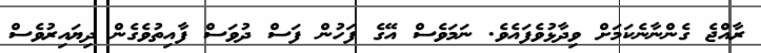
ރާއްޖެ ގެންނާނެކަމަށް ވިދާޅުވެފައެވެ. ނަމަވެސް އޭގެ ފަހުން ފަސް ދުވަސް ފާއިތުވެގެން ދިޔައިރުވެސް